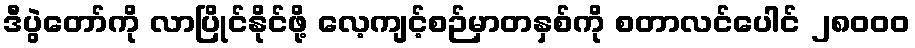
ဒီပွဲတော်ကို လာပြိုင်နိုင်ဖို့ လေ့ကျင့်စဉ်မှာတနှစ်ကို စတာလင်ပေါင် ၂၈၀၀၀